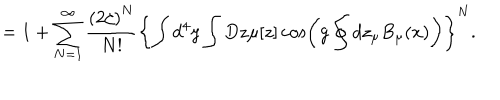
= 1 + \sum _ { N = 1 } ^ { \infty } \frac { \left( 2 \zeta \right) ^ { N } } { N ! } \left\{ \int d ^ { 4 } y \int D z \mu [ z ] \cos \left( g \oint d z _ { \mu } B _ { \mu } ( x ) \right) \right\} ^ { N } .